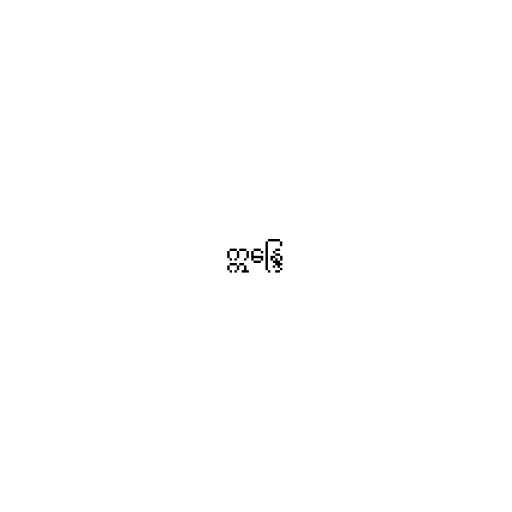
ဣန္ဒြေ